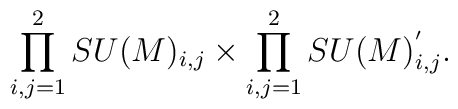
\prod_{i,j = 1}^{2} SU(M)_{i,j} \times \prod_{i,j = 1}^{2} SU(M)^{'}_{i,j}.